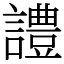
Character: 𧬹